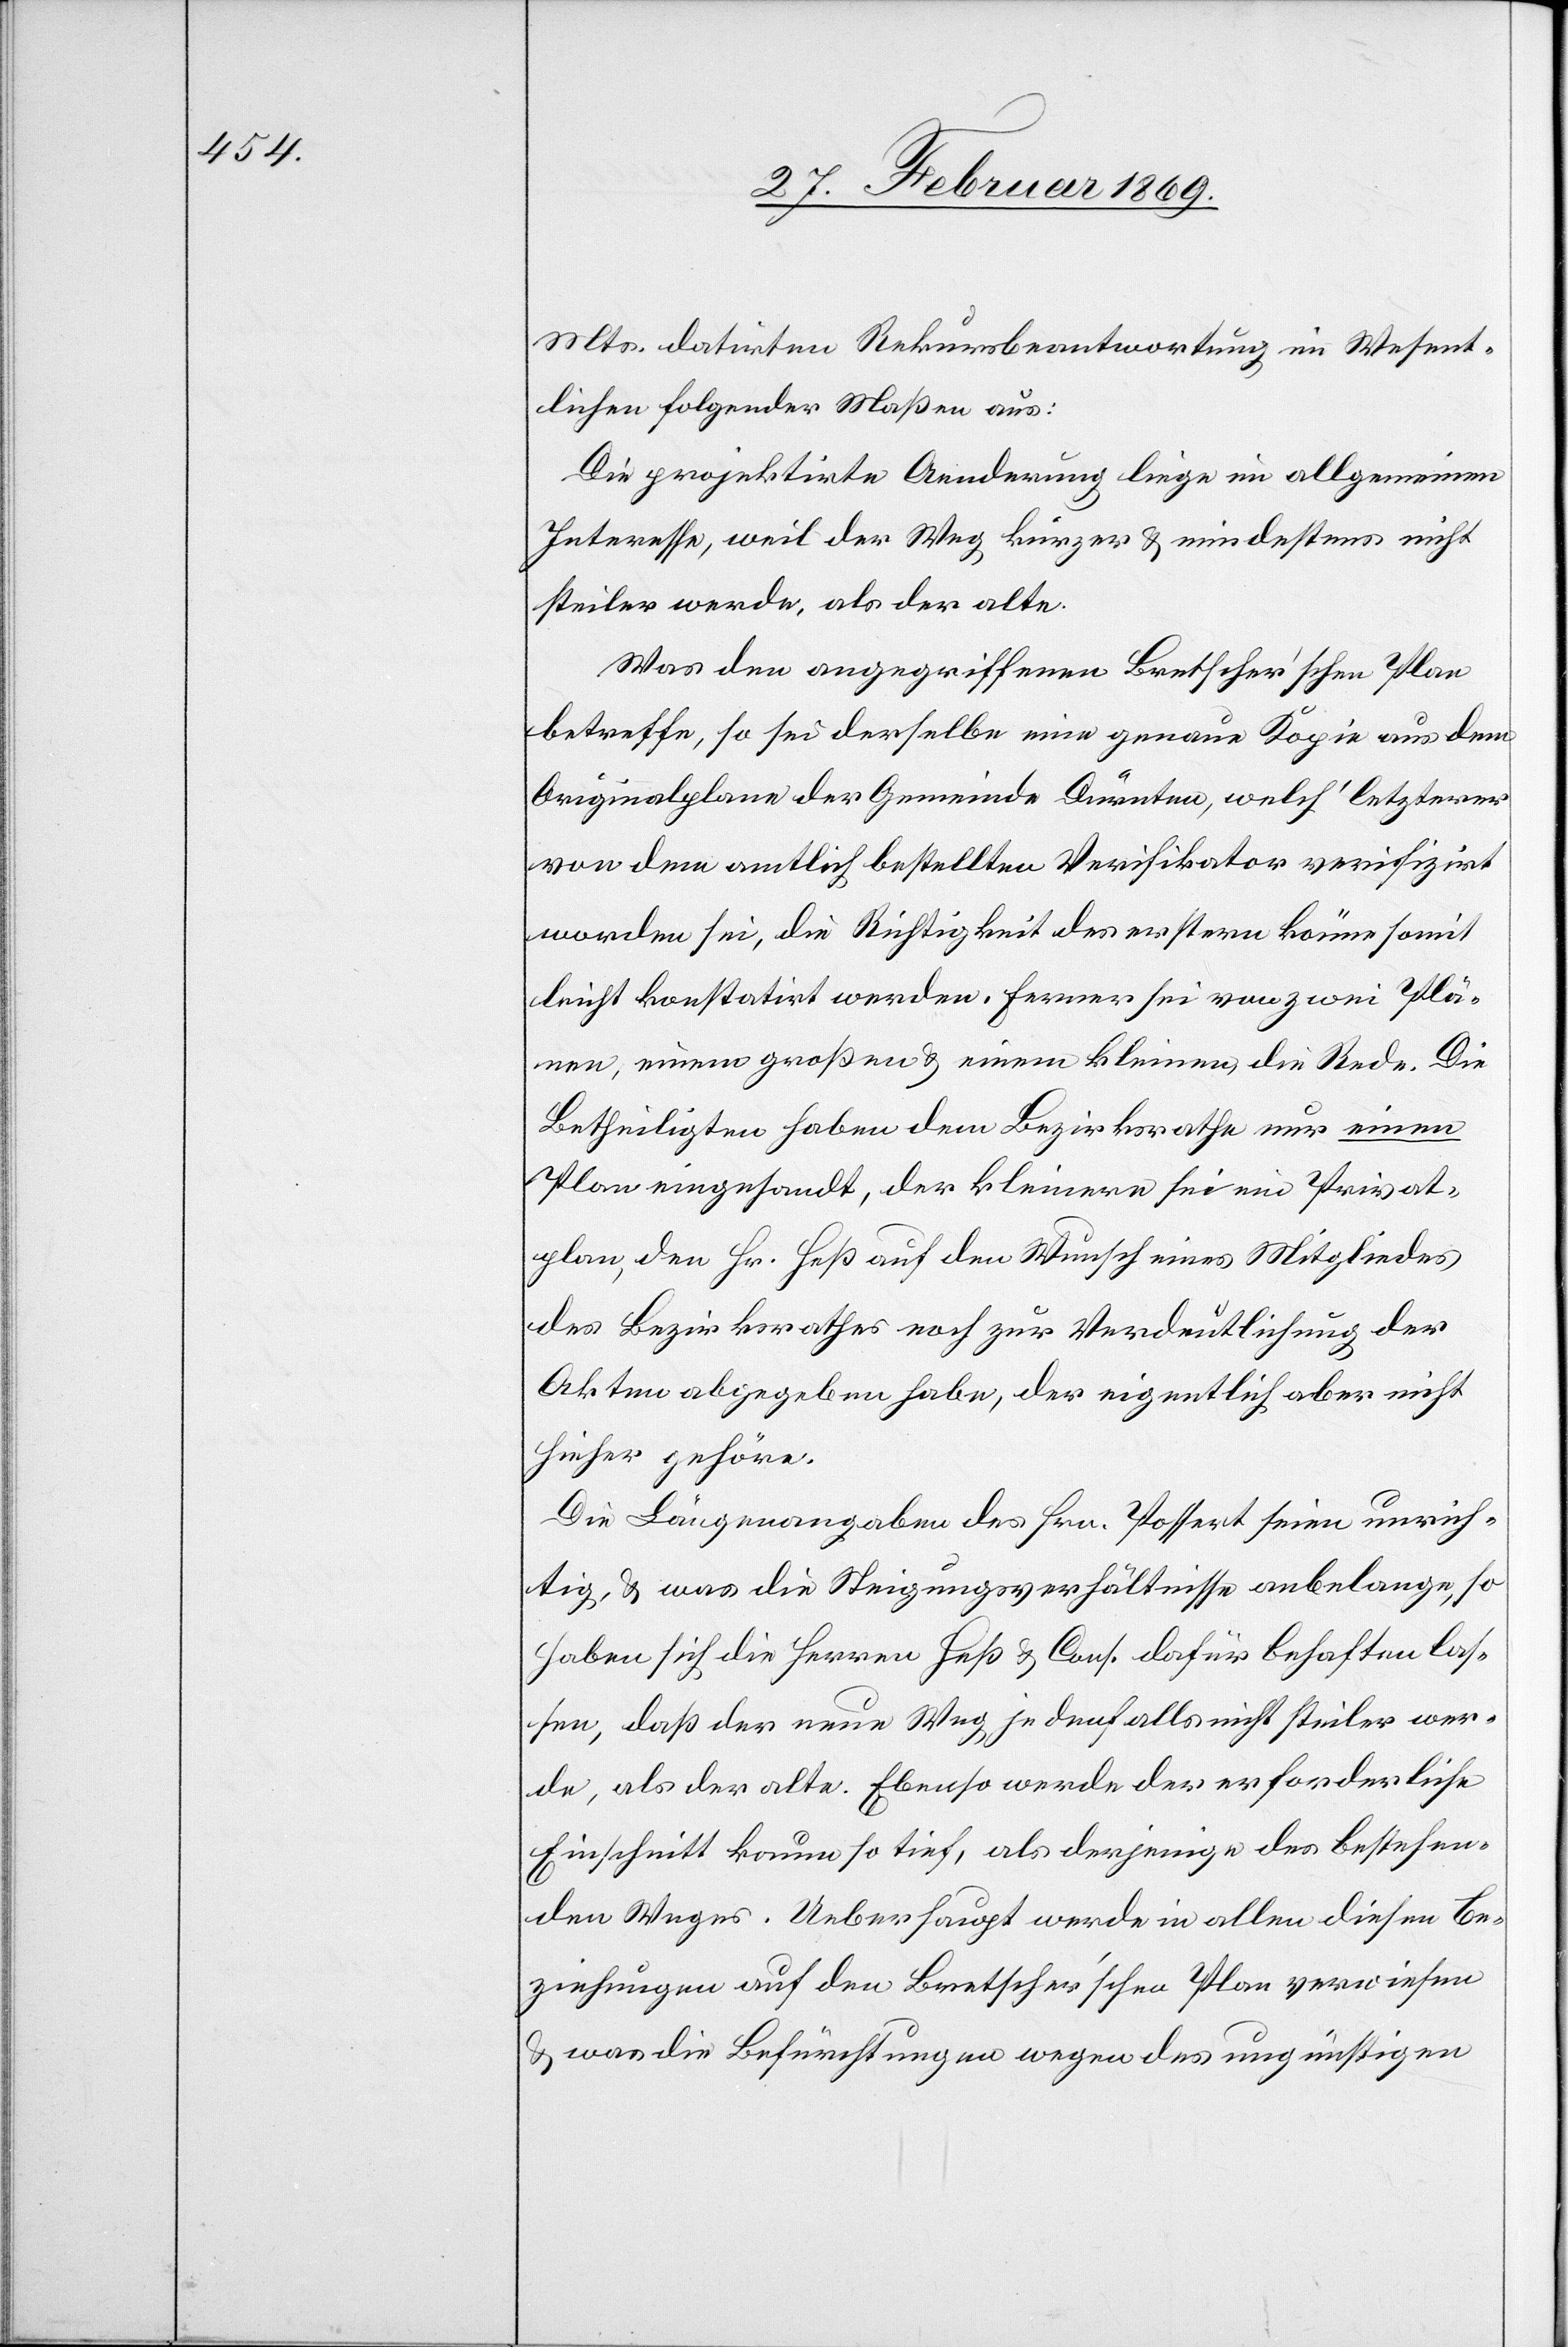
Mts. datirten Rekursbeantwortung im Wesent¬
lichen folgender Maßen aus:
Die projektirte Aenderung liege im allgemeinen
Interesse, weil der Weg kürzer u. mindestens nicht
steiler werde, als der alte.
Was den angegriffenen Bretscher’schen Plan
betreffe, so sei derselbe eine genaue Kopie aus dem
Originalplane der Gemeinde Dürnten, welch’ letzterer
von dem amtlich bestellten Verifikator verifizirt
worden sei, die Richtigkeit des erstern könne somit
leicht konstatirt werden. Ferner sei von zwei Plä¬
tzen, einem großen & einem kleinen die Rede. Die
Betheiligten haben dem Bezirksrathe nur einen
Plan eingesandt, der kleinere sei ein Privat¬
plan, den Hr. Heß noch zur Verdeutlichung der Akten abgegeben
hieher gehöre.
Die Längenangaben des Hrn. Possert seien unrich¬
tig, & was die Steigungsverhältnisse anbelange, so
haben sich die Herren Heß & Cons. dafür behaften las¬
sen, daß der neue Weg, jedenfalls nicht steiler wer¬
de, als der alte. Ebenso werde der erforderliche
Einschnitt kaum so tief, als derjenige des bestehen¬
den Weges. Ueberhaupt werde in allen diesen Be¬
ziehungen auf den Bretscher’schen Plan verwiesen
& was die Befürchtungen wegen des ungünstigen